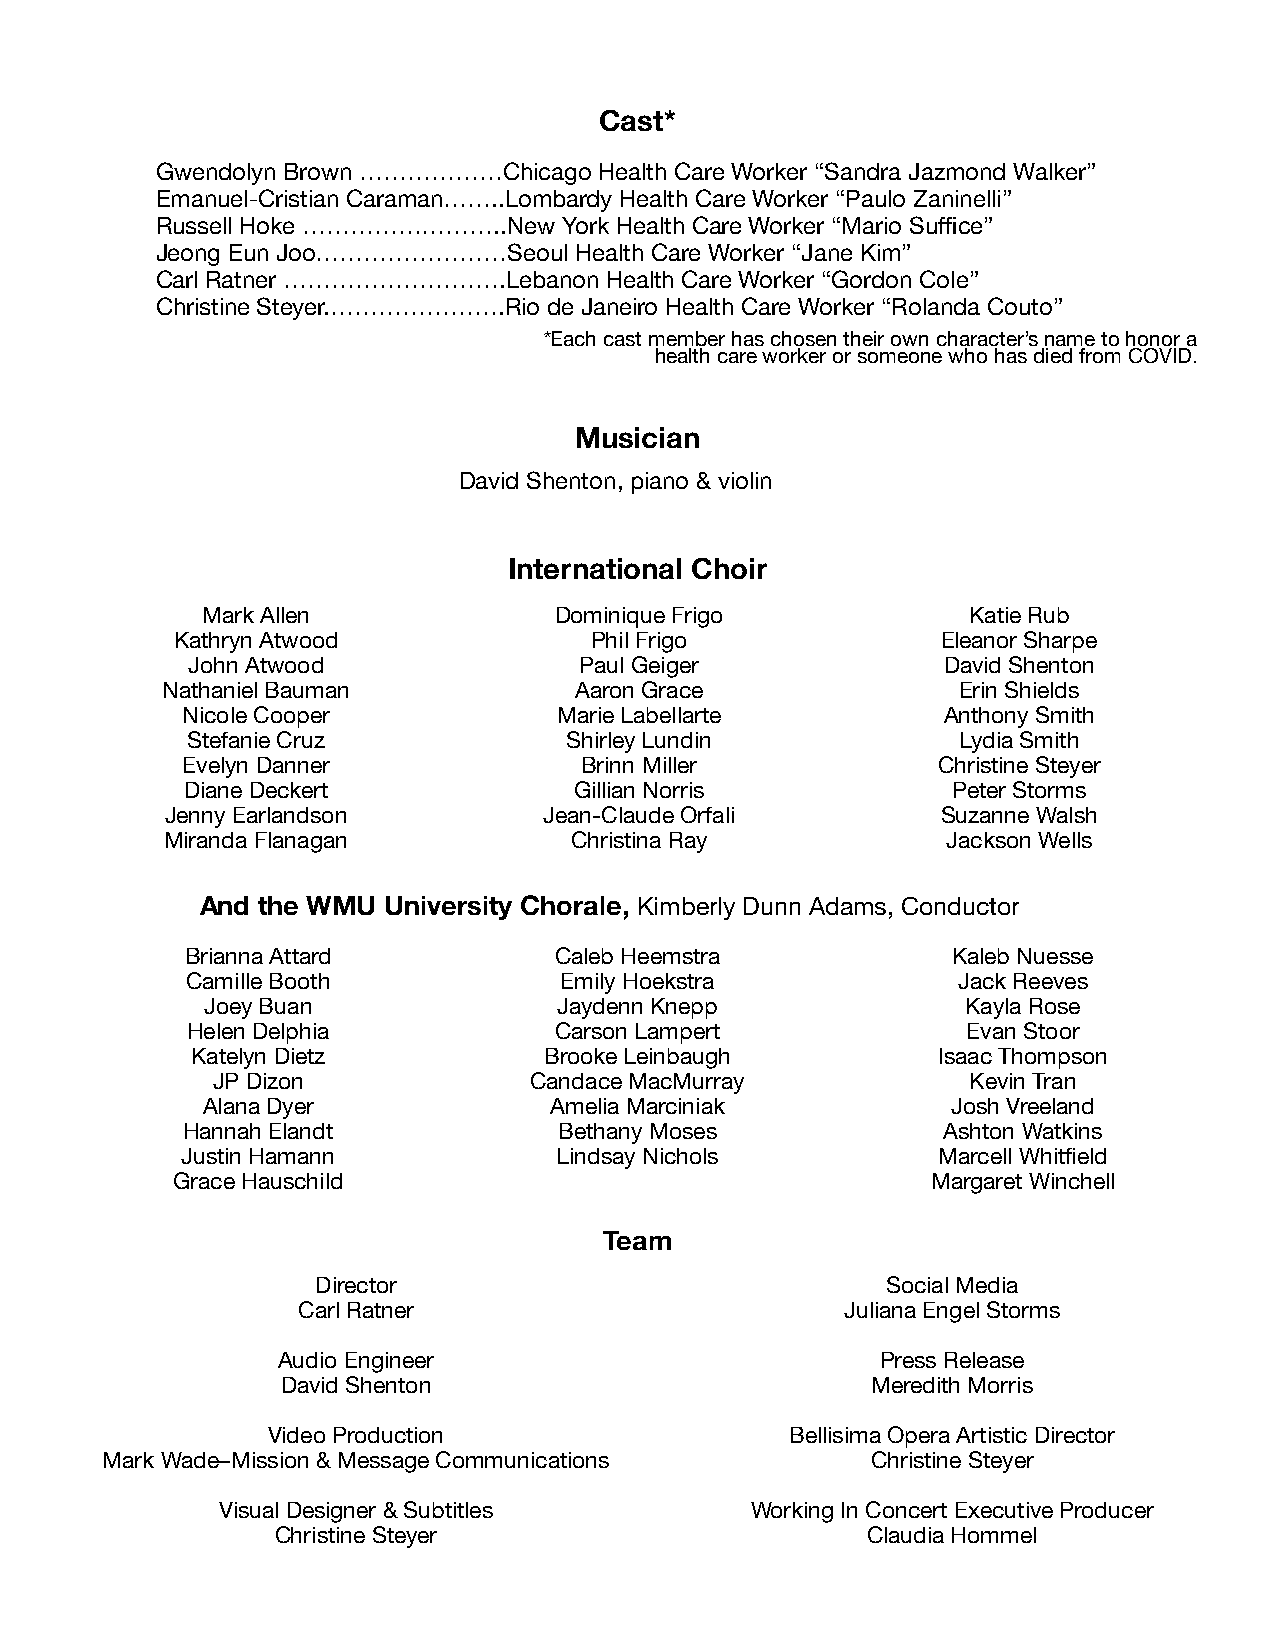
Cast*
 Gwendolyn Brown ………………Chicago Health Care Worker “Sandra Jazmond Walker”
 Emanuel-Cristian Caraman……..Lombardy Health Care Worker “Paulo Zaninelli”
 Russell Hoke ……………………..New York Health Care Worker “Mario Suffice”
 Jeong Eun Joo……………………Seoul  Health Care Worker “Jane Kim”
 Carl Ratner ……………………….Lebanon Health Care Worker “Gordon Cole”
 Christine Steyer.………………….Rio de Janeiro Health Care Worker “Rolanda Couto”
 *Each cast member has chosen their own character’s name to honor a
 health care worker or someone who has died from COVID.
 Musician
 David Shenton, piano & violin
 International Choir
 Mark Allen              Dominique Frigo            Katie Rub
 Kathryn Atwood              Phil Frigo             Eleanor Sharpe
 John Atwood               Paul Geiger             David Shenton
 Nathaniel Bauman           Aaron Grace              Erin Shields
 Nicole Cooper            Marie Labellarte         Anthony Smith
 Stefanie Cruz            Shirley Lundin             Lydia Smith
 Evelyn Danner             Brinn Miller            Christine Steyer
 Diane Deckert             Gillian Norris           Peter Storms
 Jenny Earlandson         Jean-Claude Orfali        Suzanne Walsh
 Miranda Flanagan           Christina Ray            Jackson Wells
 And the WMU University Chorale, Kimberly Dunn Adams, Conductor
 Brianna Attard           Caleb Heemstra            Kaleb Nuesse
 Camille Booth            Emily Hoekstra            Jack Reeves
 Joey Buan               Jaydenn Knepp              Kayla Rose
 Helen Delphia            Carson Lampert             Evan Stoor
 Katelyn Dietz          Brooke Leinbaugh          Isaac Thompson
 JP Dizon             Candace MacMurray            Kevin Tran
 Alana Dyer             Amelia Marciniak           Josh Vreeland
 Hannah Elandt            Bethany Moses            Ashton Watkins
 Justin Hamann            Lindsay Nichols          Marcell Whitfield
 Grace Hauschild                                    Margaret Winchell
 Team
 Director                              Social Media
 Carl Ratner                         Juliana Engel Storms
 Audio Engineer                          Press Release
 David Shenton                          Meredith Morris
 Video Production                  Bellisima Opera Artistic Director
 Mark Wade–Mission & Message Communications         Christine Steyer
 Visual Designer & Subtitles         Working In Concert Executive Producer
 Christine Steyer                       Claudia Hommel